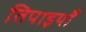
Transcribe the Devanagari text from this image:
तिपाइयाँ